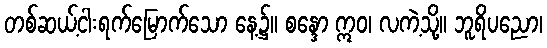
တစ်ဆယ့်ငါးရက်မြောက်သော နေ့၌။ စန္ဒော ဣဝ၊ လကဲ့သို့။ ဘူရိပညော၊